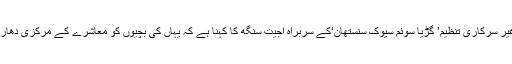
بچوں کی جسم فروشی کے خلاف طویل عرصہ سے کام کرنے والی غیر سرکاری تنظیم’ گڑیا سوئم سیوک سنستھان‘کے سربراہ اجیت سنگھ کا کہنا ہے کہ یہاں کی بچیوں کو معاشرے کے مرکزی دھارے میں لانے کے لئے ان کی تنظیم اپنی سطح پر کوشش کر رہی ہے۔